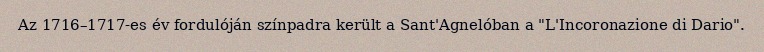
Az 1716–1717-es év fordulóján színpadra került a Sant'Agnelóban a "L'Incoronazione di Dario".